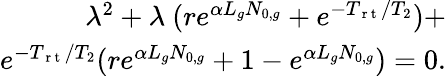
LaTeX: \begin{array}{r}{\lambda^{2}+\lambda\ (re^{\alpha L_{g}N_{0,g}}+e^{-T_{\mathrm{~r~t~}}/T_{2}})+}\\ {e^{-T_{\mathrm{~r~t~}}/T_{2}}(re^{\alpha L_{g}N_{0,g}}+1-e^{\alpha L_{g}N_{0,g}})=0.}\end{array}